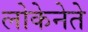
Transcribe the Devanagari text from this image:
लोकेनेते